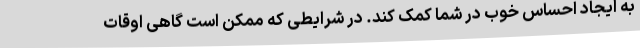
به ایجاد احساس خوب در شما کمک کند. در شرایطی که ممکن است گاهی اوقات